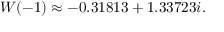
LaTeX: W ( - 1 ) \approx - 0 . 3 1 8 1 3 + 1 . 3 3 7 2 3 i .